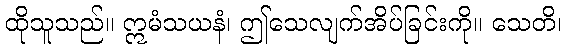
ထိုသူသည်။ ဣမံသယနံ၊ ဤသေလျက်အိပ်ခြင်းကို။ သေတိ၊